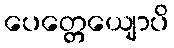
ပေတ္တေယျောပိ